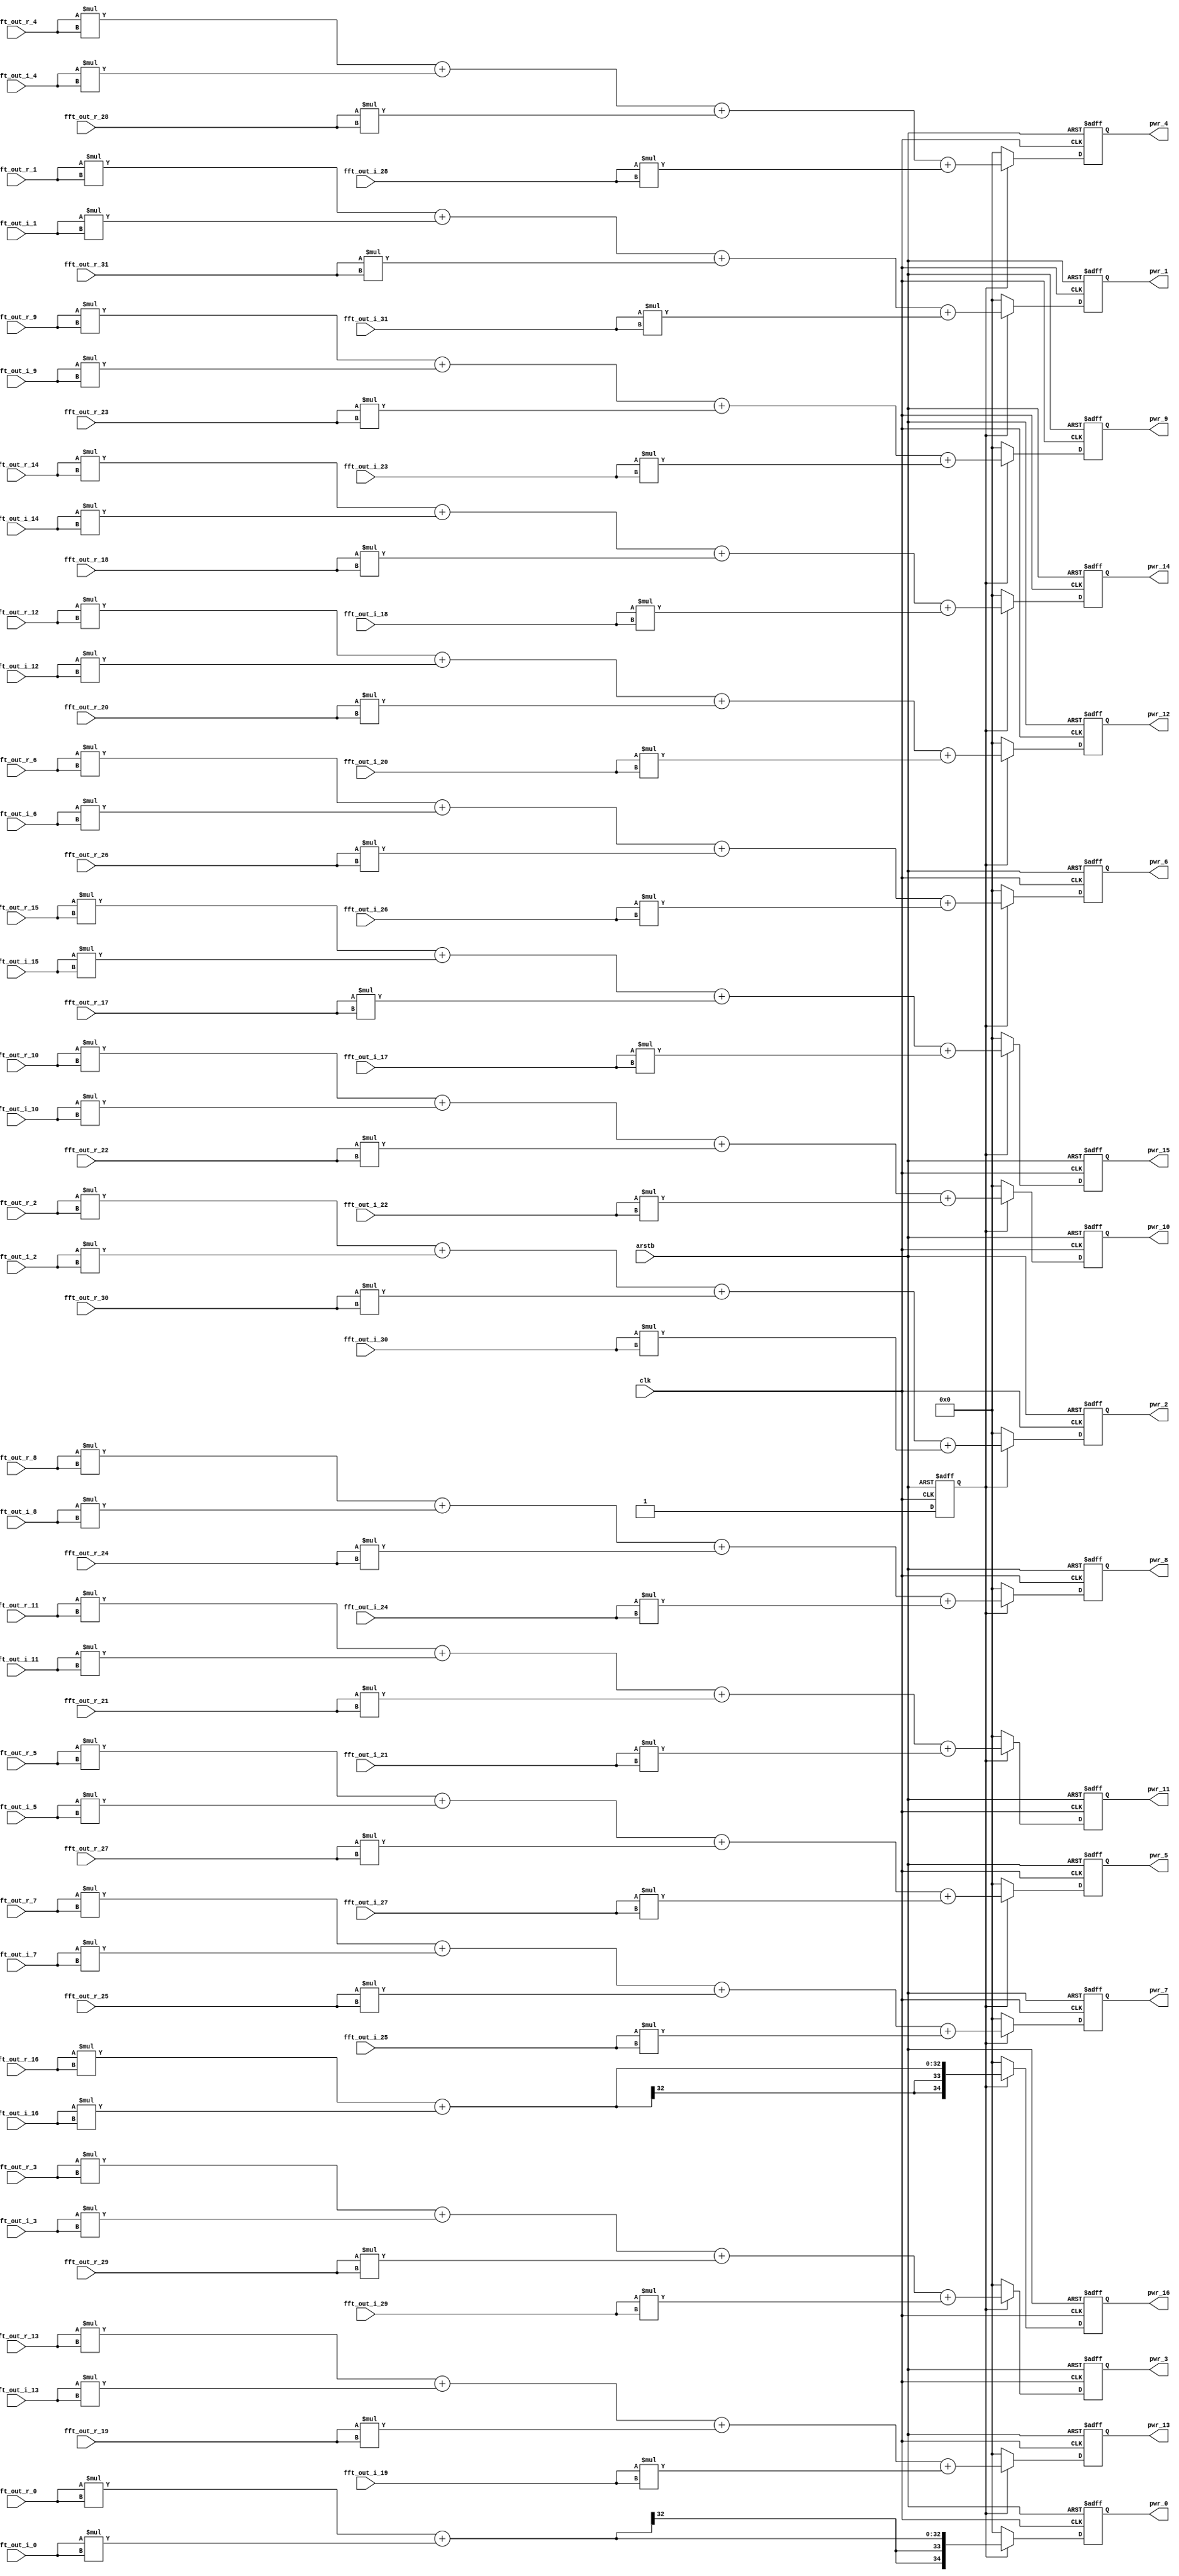

`timescale 1ns/1fs

module fft_power(
    
    input                               clk,
    input                               arstb,
    
    input      signed      [15:0]      fft_out_r_0,  
    input      signed      [15:0]      fft_out_r_1,  
    input      signed      [15:0]      fft_out_r_2,  
    input      signed      [15:0]      fft_out_r_3,  
    input      signed      [15:0]      fft_out_r_4,  
    input      signed      [15:0]      fft_out_r_5,  
    input      signed      [15:0]      fft_out_r_6,  
    input      signed      [15:0]      fft_out_r_7,  
    input      signed      [15:0]      fft_out_r_8,  
    input      signed      [15:0]      fft_out_r_9,  
    input      signed      [15:0]      fft_out_r_10,  
    input      signed      [15:0]      fft_out_r_11,  
    input      signed      [15:0]      fft_out_r_12,  
    input      signed      [15:0]      fft_out_r_13,  
    input      signed      [15:0]      fft_out_r_14,  
    input      signed      [15:0]      fft_out_r_15,  
    input      signed      [15:0]      fft_out_r_16,  
    input      signed      [15:0]      fft_out_r_17,  
    input      signed      [15:0]      fft_out_r_18,  
    input      signed      [15:0]      fft_out_r_19,  
    input      signed      [15:0]      fft_out_r_20,  
    input      signed      [15:0]      fft_out_r_21,  
    input      signed      [15:0]      fft_out_r_22,  
    input      signed      [15:0]      fft_out_r_23,  
    input      signed      [15:0]      fft_out_r_24,  
    input      signed      [15:0]      fft_out_r_25,  
    input      signed      [15:0]      fft_out_r_26,  
    input      signed      [15:0]      fft_out_r_27,  
    input      signed      [15:0]      fft_out_r_28,  
    input      signed      [15:0]      fft_out_r_29,  
    input      signed      [15:0]      fft_out_r_30,  
    input      signed      [15:0]      fft_out_r_31,  
    
    input      signed      [15:0]      fft_out_i_0,  
    input      signed      [15:0]      fft_out_i_1,  
    input      signed      [15:0]      fft_out_i_2,  
    input      signed      [15:0]      fft_out_i_3,  
    input      signed      [15:0]      fft_out_i_4,  
    input      signed      [15:0]      fft_out_i_5,  
    input      signed      [15:0]      fft_out_i_6,  
    input      signed      [15:0]      fft_out_i_7,  
    input      signed      [15:0]      fft_out_i_8,  
    input      signed      [15:0]      fft_out_i_9,  
    input      signed      [15:0]      fft_out_i_10,  
    input      signed      [15:0]      fft_out_i_11,  
    input      signed      [15:0]      fft_out_i_12,  
    input      signed      [15:0]      fft_out_i_13,  
    input      signed      [15:0]      fft_out_i_14,  
    input      signed      [15:0]      fft_out_i_15,  
    input      signed      [15:0]      fft_out_i_16,  
    input      signed      [15:0]      fft_out_i_17,  
    input      signed      [15:0]      fft_out_i_18,  
    input      signed      [15:0]      fft_out_i_19,  
    input      signed      [15:0]      fft_out_i_20,  
    input      signed      [15:0]      fft_out_i_21,  
    input      signed      [15:0]      fft_out_i_22,  
    input      signed      [15:0]      fft_out_i_23,  
    input      signed      [15:0]      fft_out_i_24,  
    input      signed      [15:0]      fft_out_i_25,  
    input      signed      [15:0]      fft_out_i_26,  
    input      signed      [15:0]      fft_out_i_27,  
    input      signed      [15:0]      fft_out_i_28,  
    input      signed      [15:0]      fft_out_i_29,  
    input      signed      [15:0]      fft_out_i_30,  
    input      signed      [15:0]      fft_out_i_31,  
        
    output         reg    signed     [34:0]      pwr_0,  
    output         reg    signed     [34:0]      pwr_1,  
    output         reg    signed     [34:0]      pwr_2,  
    output         reg    signed     [34:0]      pwr_3,  
    output         reg    signed     [34:0]      pwr_4,  
    output         reg    signed     [34:0]      pwr_5,  
    output         reg    signed     [34:0]      pwr_6,  
    output         reg    signed     [34:0]      pwr_7,  
    output         reg    signed     [34:0]      pwr_8,  
    output         reg    signed     [34:0]      pwr_9,  
    output         reg    signed     [34:0]      pwr_10,  
    output         reg    signed     [34:0]      pwr_11,  
    output         reg    signed     [34:0]      pwr_12,  
    output         reg    signed     [34:0]      pwr_13,  
    output         reg    signed     [34:0]      pwr_14,  
    output         reg    signed     [34:0]      pwr_15, 
    output         reg    signed     [34:0]      pwr_16 
    


            );


     wire   signed                   [34:0]      p_0;
     wire   signed                   [34:0]      p_1;
     wire   signed                   [34:0]      p_2;
     wire   signed                   [34:0]      p_3;
     wire   signed                   [34:0]      p_4;
     wire   signed                   [34:0]      p_5;
     wire   signed                   [34:0]      p_6;
     wire   signed                   [34:0]      p_7;
     wire   signed                   [34:0]      p_8;
     wire   signed                   [34:0]      p_9;
     wire   signed                   [34:0]      p_10;
     wire   signed                   [34:0]      p_11;
     wire   signed                   [34:0]      p_12;
     wire   signed                   [34:0]      p_13;
     wire   signed                   [34:0]      p_14;
     wire   signed                   [34:0]      p_15;
     wire   signed                   [34:0]      p_16;



    assign p_0 = (fft_out_r_0*fft_out_r_0) + (fft_out_i_0*fft_out_i_0);
    assign p_1 = (fft_out_r_1*fft_out_r_1) + (fft_out_i_1*fft_out_i_1) + (fft_out_r_31*fft_out_r_31) + (fft_out_i_31*fft_out_i_31);
    assign p_2 = (fft_out_r_2*fft_out_r_2) + (fft_out_i_2*fft_out_i_2) + (fft_out_r_30*fft_out_r_30) + (fft_out_i_30*fft_out_i_30);
    assign p_3 = (fft_out_r_3*fft_out_r_3) + (fft_out_i_3*fft_out_i_3) + (fft_out_r_29*fft_out_r_29) + (fft_out_i_29*fft_out_i_29);
    assign p_4 = (fft_out_r_4*fft_out_r_4) + (fft_out_i_4*fft_out_i_4) + (fft_out_r_28*fft_out_r_28) + (fft_out_i_28*fft_out_i_28);
    assign p_5 = (fft_out_r_5*fft_out_r_5) + (fft_out_i_5*fft_out_i_5) + (fft_out_r_27*fft_out_r_27) + (fft_out_i_27*fft_out_i_27);
    assign p_6 = (fft_out_r_6*fft_out_r_6) + (fft_out_i_6*fft_out_i_6) + (fft_out_r_26*fft_out_r_26) + (fft_out_i_26*fft_out_i_26);
    assign p_7 = (fft_out_r_7*fft_out_r_7) + (fft_out_i_7*fft_out_i_7) + (fft_out_r_25*fft_out_r_25) + (fft_out_i_25*fft_out_i_25);
    assign p_8 = (fft_out_r_8*fft_out_r_8) + (fft_out_i_8*fft_out_i_8) + (fft_out_r_24*fft_out_r_24) + (fft_out_i_24*fft_out_i_24);
    assign p_9 = (fft_out_r_9*fft_out_r_9) + (fft_out_i_9*fft_out_i_9) + (fft_out_r_23*fft_out_r_23) + (fft_out_i_23*fft_out_i_23);
    assign p_10 = (fft_out_r_10*fft_out_r_10) + (fft_out_i_10*fft_out_i_10) + (fft_out_r_22*fft_out_r_22) + (fft_out_i_22*fft_out_i_22);
    assign p_11 = (fft_out_r_11*fft_out_r_11) + (fft_out_i_11*fft_out_i_11) + (fft_out_r_21*fft_out_r_21) + (fft_out_i_21*fft_out_i_21);
    assign p_12 = (fft_out_r_12*fft_out_r_12) + (fft_out_i_12*fft_out_i_12) + (fft_out_r_20*fft_out_r_20) + (fft_out_i_20*fft_out_i_20);
    assign p_13 = (fft_out_r_13*fft_out_r_13) + (fft_out_i_13*fft_out_i_13) + (fft_out_r_19*fft_out_r_19) + (fft_out_i_19*fft_out_i_19);
    assign p_14 = (fft_out_r_14*fft_out_r_14) + (fft_out_i_14*fft_out_i_14) + (fft_out_r_18*fft_out_r_18) + (fft_out_i_18*fft_out_i_18);
    assign p_15 = (fft_out_r_15*fft_out_r_15) + (fft_out_i_15*fft_out_i_15) + (fft_out_r_17*fft_out_r_17) + (fft_out_i_17*fft_out_i_17);
    // assign p_16 = (fft_out_r_16*fft_out_r_16) + (fft_out_i_16*fft_out_i_16) + (fft_out_r_16*fft_out_r_16) + (fft_out_i_16*fft_out_i_16);
    assign p_16 = (fft_out_r_16*fft_out_r_16) + (fft_out_i_16*fft_out_i_16);



    reg rstb;

    always @(posedge clk or negedge arstb) begin
        if(!arstb) begin
            rstb    <=  1'b0;
        end
        else begin
            rstb    <=  1'b1;
        end
    end

    always @(posedge clk or negedge arstb) begin
        if(!arstb) begin
            pwr_0 <= 35'b0;
            pwr_1 <= 35'b0;
            pwr_2 <= 35'b0;
            pwr_3 <= 35'b0;
            pwr_4 <= 35'b0;
            pwr_5 <= 35'b0;
            pwr_6 <= 35'b0;
            pwr_7 <= 35'b0;
            pwr_8 <= 35'b0;
            pwr_9 <= 35'b0;
            pwr_10 <= 35'b0;
            pwr_11 <= 35'b0;
            pwr_12 <= 35'b0;
            pwr_13 <= 35'b0;
            pwr_14 <= 35'b0;
            pwr_15 <= 35'b0;
            pwr_16 <= 35'b0;
        end
        else if(!rstb) begin
            pwr_0 <= 35'b0;
            pwr_1 <= 35'b0;
            pwr_2 <= 35'b0;
            pwr_3 <= 35'b0;
            pwr_4 <= 35'b0;
            pwr_5 <= 35'b0;
            pwr_6 <= 35'b0;
            pwr_7 <= 35'b0;
            pwr_8 <= 35'b0;
            pwr_9 <= 35'b0;
            pwr_10 <= 35'b0;
            pwr_11 <= 35'b0;
            pwr_12 <= 35'b0;
            pwr_13 <= 35'b0;
            pwr_14 <= 35'b0;
            pwr_15 <= 35'b0;
            pwr_16 <= 35'b0;
        end
        else begin
            pwr_0  <= p_0 ;
            pwr_1  <= p_1 ;
            pwr_2  <= p_2 ;
            pwr_3  <= p_3 ;
            pwr_4  <= p_4 ;
            pwr_5  <= p_5 ;
            pwr_6  <= p_6 ;
            pwr_7  <= p_7 ;
            pwr_8  <= p_8 ;
            pwr_9  <= p_9 ;
            pwr_10 <= p_10;
            pwr_11 <= p_11;
            pwr_12 <= p_12;
            pwr_13 <= p_13;
            pwr_14 <= p_14;
            pwr_15 <= p_15;
            pwr_16 <= p_16;
        end
    end



endmodule